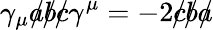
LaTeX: \gamma_{\mu}{a\! \! \! /}{b\! \! \! /}{c\! \! \! /}\gamma^{\mu}=-2{c\! \! \! /}{b\! \! \! /}{a\! \! \! /}